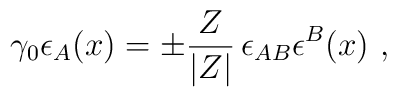
\gamma_0\epsilon_A (x)=\pm \frac{Z}{|Z|}\,\epsilon_{AB} \epsilon^B(x)\ ,